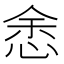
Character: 悆